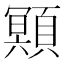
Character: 䫤